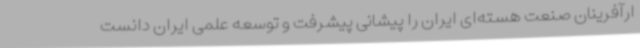
ارآفرینان صنعت هسته‌ای ایران را پیشانی پیشرفت و توسعه علمی ایران دانست